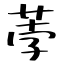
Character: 荸